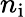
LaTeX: n_{\mathrm{i}}